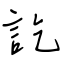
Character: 訖